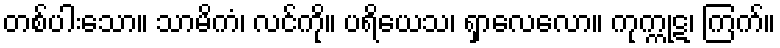
တစ်ပါးသော။ သာမိကံ၊ လင်ကို။ ပရိယေသ၊ ရှာလေလော။ ကုက္ကုဋ၊ ကြက်။